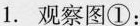
1.观察图①：